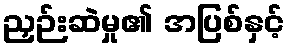
ညှဉ်းဆဲမှု၏ အပြစ်နှင့်